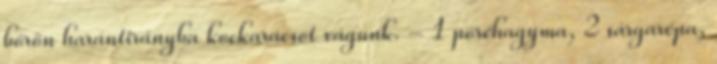
bőrön harántirányba kockarácsot vágunk. - 1 póréhagyma, 2 sárgarépa,